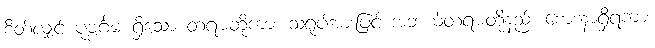
စိတ်လျှင် ပုဗ္ဗင်္ဂမ ရှိသော တရားတို့ကား သရုပ်အားဖြင့် အဘယ်တရားတို့နည်း စောဒနာရှိရကား